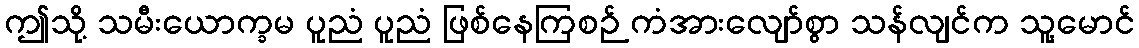
ဤသို့ သမီးယောက္ခမ ပူညံ ပူညံ ဖြစ်နေကြစဉ် ကံအားလျော်စွာ သန်လျင်က သူ့မောင်